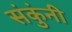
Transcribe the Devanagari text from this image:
संकुंनी